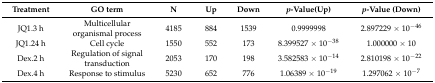
<table><thead><tr><td><b>Treatment</b></td><td><b>GO term</b></td><td><b>N</b></td><td><b>Up</b></td><td><b>Down</b></td><td><b><i>p</i>-Value(Up)</b></td><td><b><i>p</i>-Value (Down)</b></td></tr></thead><tbody><tr><td>JQ1.3 h</td><td>Multicellular organismal process</td><td>4185</td><td>884</td><td>1539</td><td>0.9999998</td><td>2.897229 × 10<sup>−46</sup></td></tr><tr><td>JQ1.24 h</td><td>Cell cycle</td><td>1550</td><td>552</td><td>173</td><td>8.399527 × 10<sup>−38</sup></td><td>1.000000 × 10</td></tr><tr><td>Dex.2 h</td><td>Regulation of signal transduction</td><td>2053</td><td>170</td><td>198</td><td>3.582583 × 10<sup>−14</sup></td><td>2.810198 × 10<sup>−22</sup></td></tr><tr><td>Dex.4 h</td><td>Response to stimulus</td><td>5230</td><td>652</td><td>776</td><td>1.06389 × 10<sup>−19</sup></td><td>1.297062 × 10<sup>−7</sup></td></tr></tbody></table>